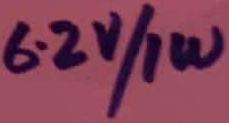
Text: 6.2V/1W